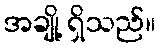
အချို့ ရှိသည်။